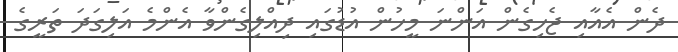
ދެން އެއާއި ޖެހިގެން އަންނަ މީހުން އުޑުގައި ދިއްލިގެންވާ އެންމެ އަލިގަދަ ތަރީގެ